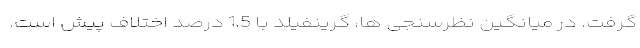
گرفت. در میانگین نظرسنجی ها، گرینفیلد با 1.5 درصد اختلاف پیش است.